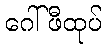
ဂေါ်ဖီထုပ်